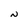
Character: N